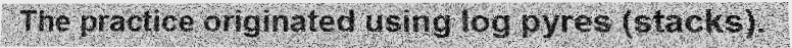
The practice originated using log pyres (stacks).